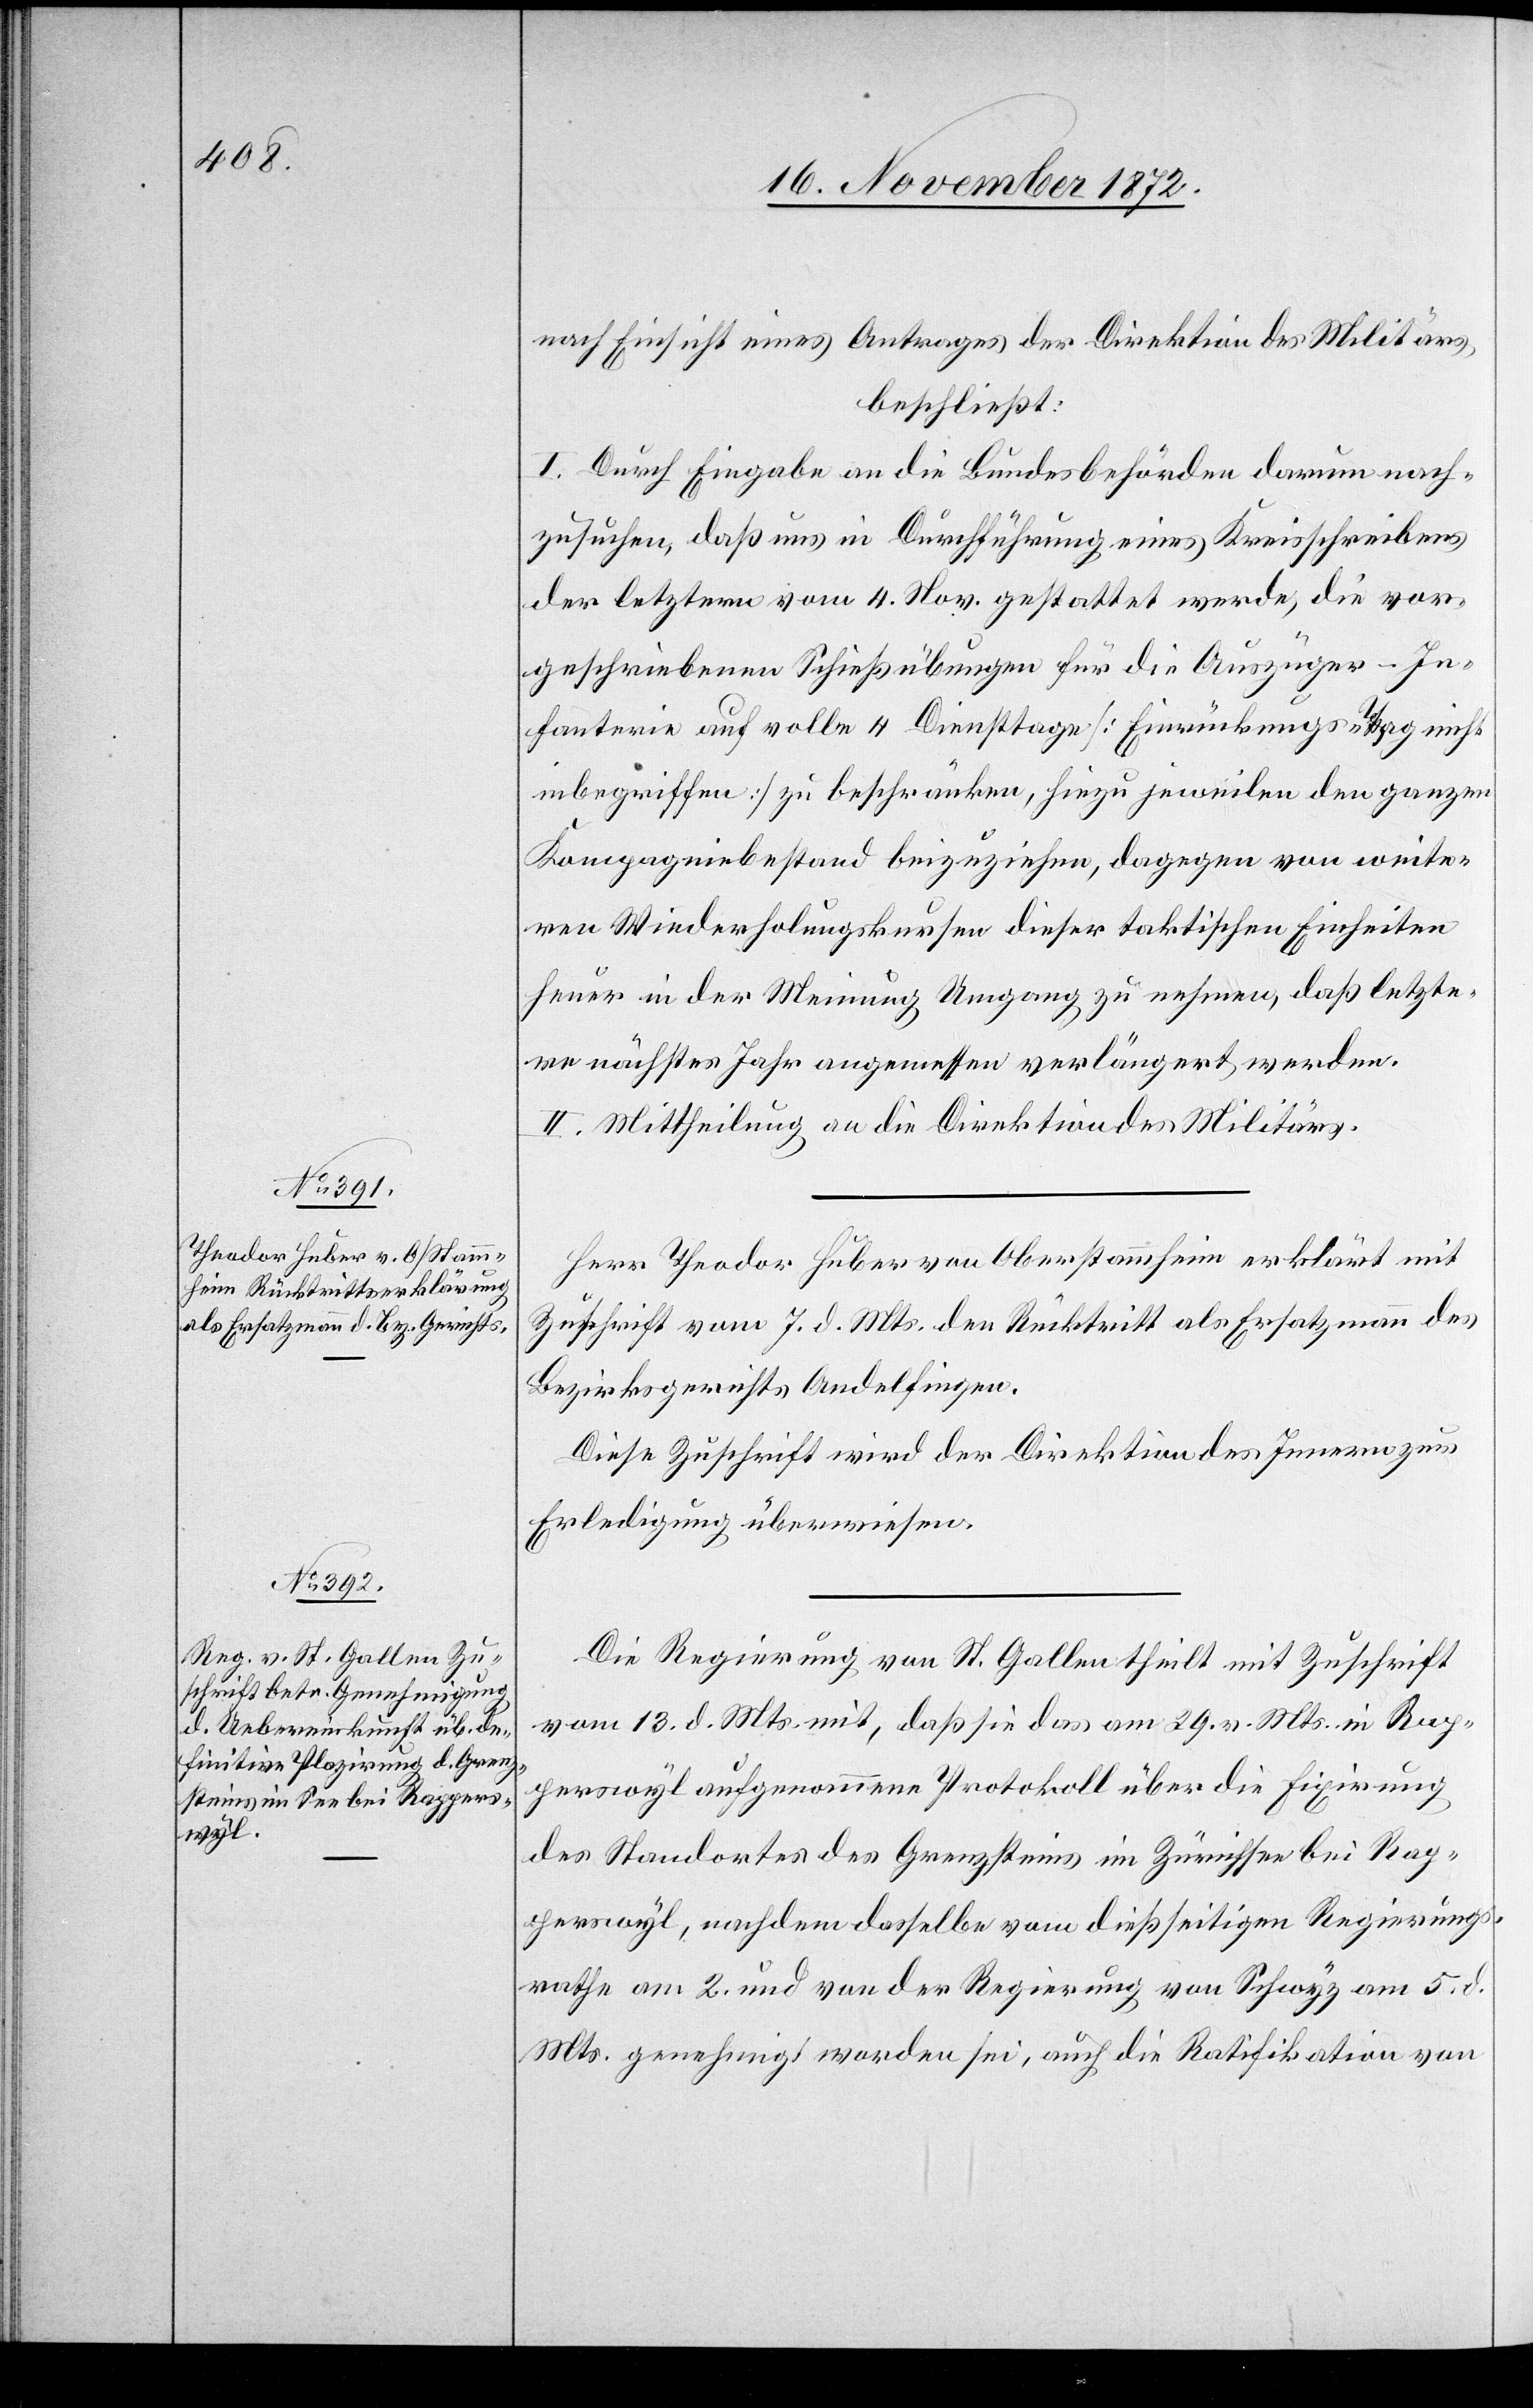
nach Einsicht eines Antrages der Direktion des Militärs,
beschließt:
I. Durch Eingabe an die Bundesbehörden darum nach¬
zusuchen, daß uns in Durchführung eines Kreisschreibens
der letztern vom 4. Nov. gestattet werde, die vor¬
geschriebenen Schießübungen für die Auszüger-In¬
fanterie auf volle 4 Diensttage [Einrückungs-Tag nicht
inbegriffen] zu beschränken, hiezu jeweilen den ganzen
Kompagniebestand beizuziehen, dagegen von weite¬
ren Wiederholungskursen dieser taktischen Einheiten
heuer in der Meinung Umgang zu nehmen, daß letzte¬
re nächstes Jahr angemessen verlängert werden.
II. Mittheilung an die Direktion des Militärs.
Herr Theodor Huber von Oberstammheim erklärt mit
Zuschrift vom 7. d. Mts. den Rücktritt als Ersatzmann des
Bezirksgerichtes Andelfingen.
Diese Zuschrift wird der Direktion des Innern zur
Erledigung überwiesen.
Die Regierung von St. Gallen theilt mit Zuschrift
vom 13. d. Mts. mit, daß sie das am 29. v. Mts. in Rap¬
perswyl aufgenommene Protokoll über die Fixirung
des Standortes des Grenzsteins im Zürichsee bei Rap¬
perswyl, nachdem dasselbe vom dießseitigen Regierungs¬
rathe am 2. und von der Regierung von Schwyz am 5. d.
Mts. genehmigt worden sei, auch die Ratifikation von